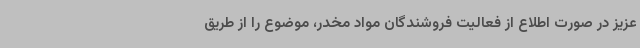
عزیز در صورت اطلاع از فعالیت فروشندگان مواد مخدر، موضوع را از طریق